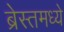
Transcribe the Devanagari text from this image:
ब्रेस्तमध्ये